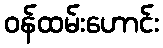
ဝန်ထမ်းဟောင်း